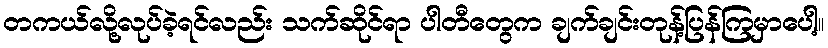
တကယ်လို့လုပ်ခဲ့ရင်လည်း သက်ဆိုင်ရာ ပါတီတွေက ချက်ချင်းတုန့်ပြန်ကြမှာပေါ့။